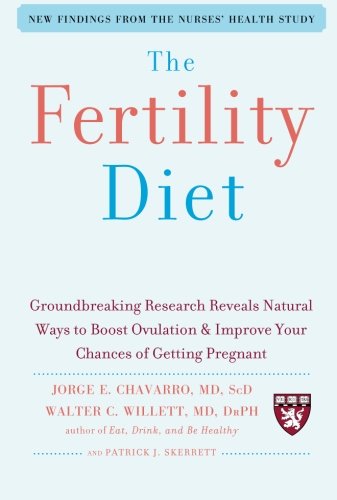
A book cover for The Fertility Diet: Groundbreaking Research Reveals Natural Ways to Boost Ovulation and Improve Your Chances of Getting Pregnant; Jorge Chavarro; Parenting & Relationships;